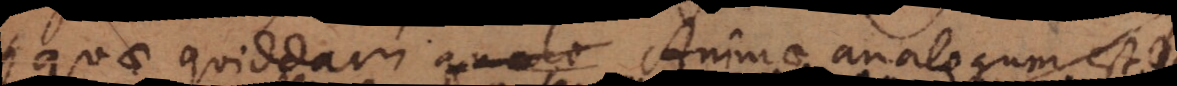
quae quiddam Animae analogum est,